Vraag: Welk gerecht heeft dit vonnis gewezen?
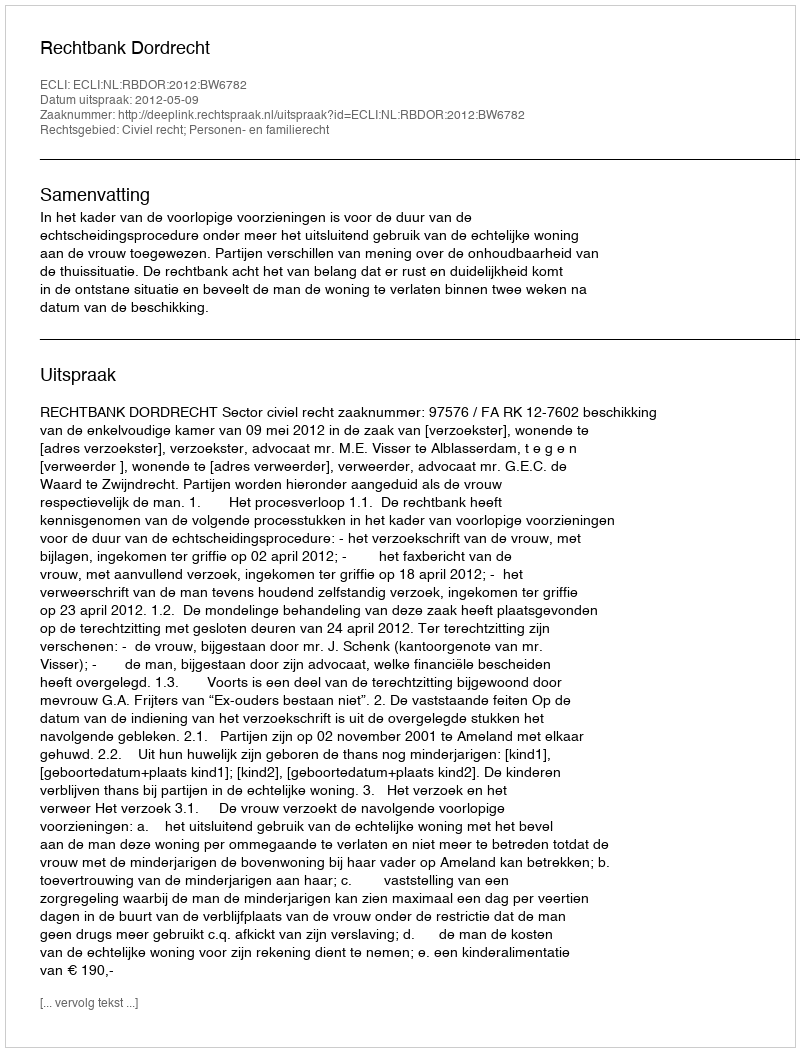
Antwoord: Rechtbank Dordrecht